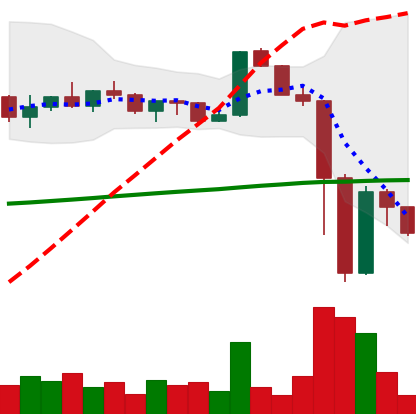
Ticker: XRP-USD
Chart end date: 2022-11-12
Forward return: 5.188%
Label: up_5_7